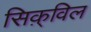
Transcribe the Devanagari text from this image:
सिक़्विल